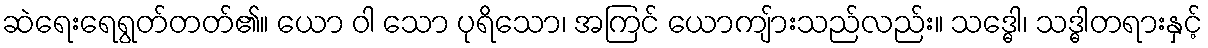
ဆဲရေးရေရွတ်တတ်၏။ ယော ဝါ သော ပုရိသော၊ အကြင် ယောကျ်ားသည်လည်း။ သဒ္ဓေါ၊ သဒ္ဓါတရားနှင့်